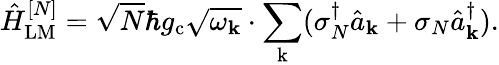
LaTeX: \hat{H}_{\mathrm{LM}}^{[N]}=\sqrt{N}\hbar g_{\mathrm{c}}\sqrt{\omega_{\mathbf k}}\cdot\sum_{\mathrm k}(\sigma_{N}^{\dagger}\hat{a}_{\mathbf k}+\sigma_{N}\hat{a}_{\mathbf k}^{\dagger}).